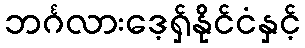
ဘင်္ဂလားဒေ့ရှ်နိုင်ငံနှင့်